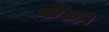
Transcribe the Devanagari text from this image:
गीको